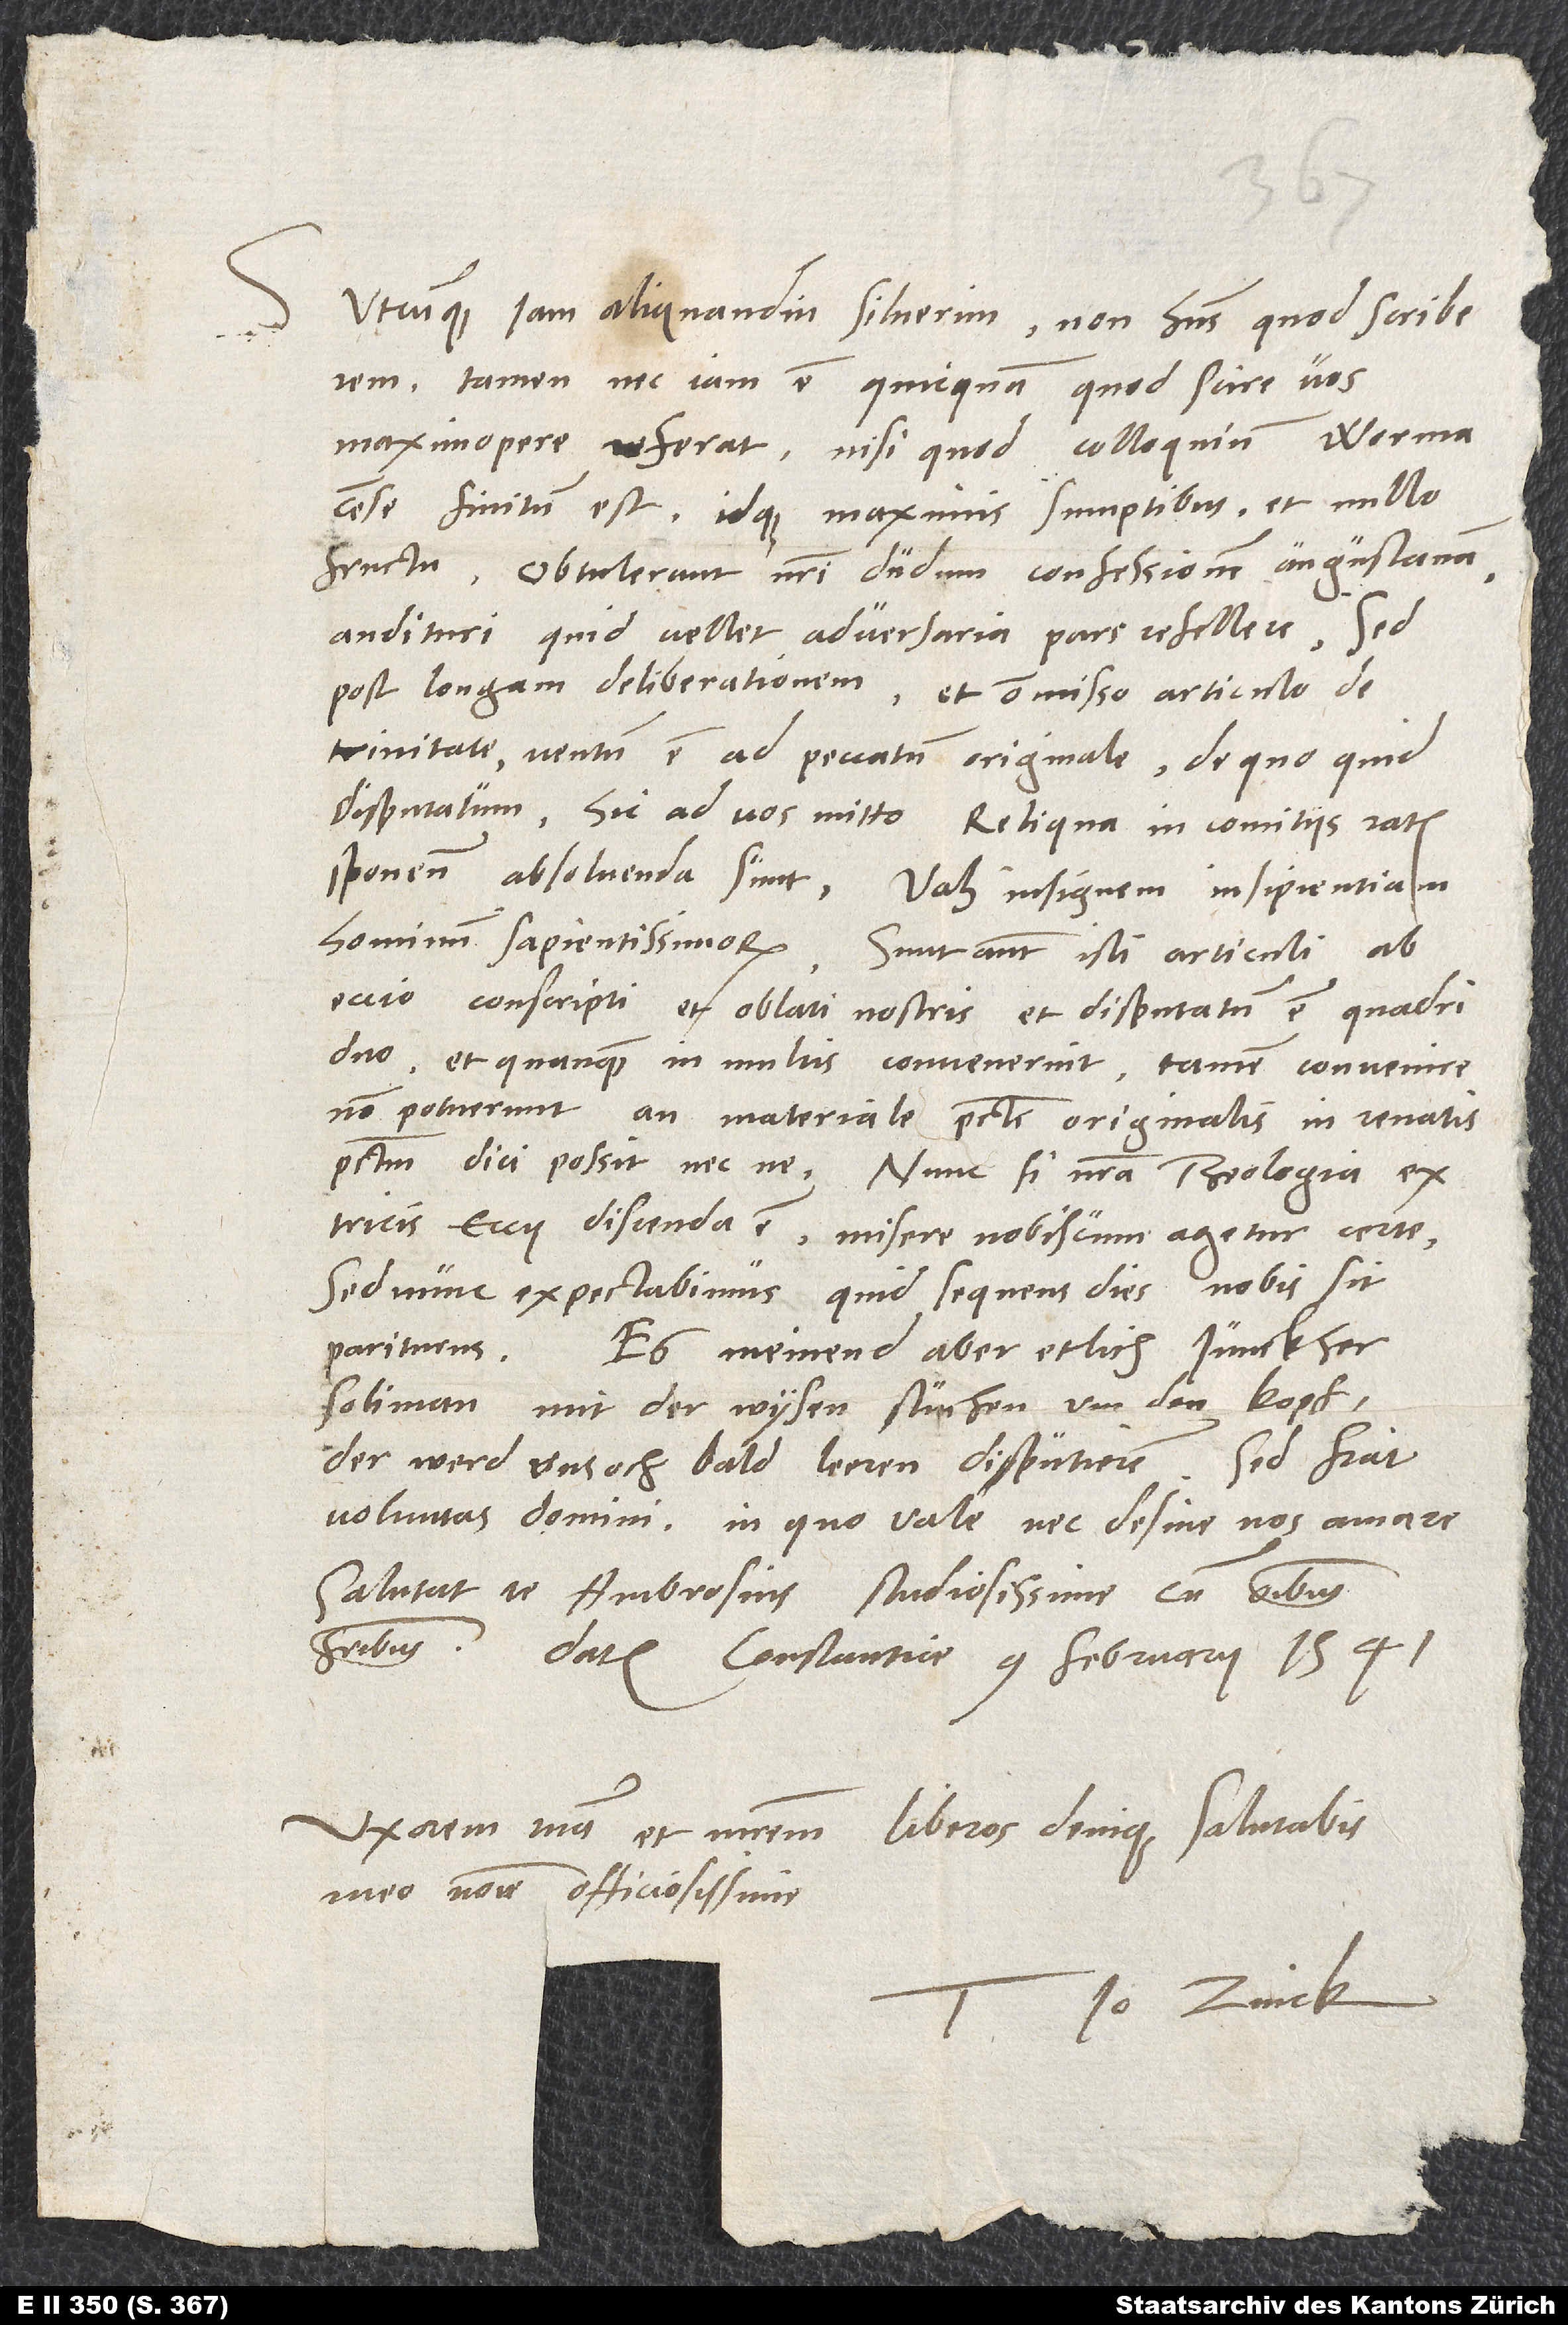
Utcunque iam aliquandiu siluerim non habens, quod scriberem,
tamen nec iam est quicquam, quod scire vos
maximopere referat, nisi quod colloquium Wormacense
finitum est idque maximis sumptibus et nullo
Obtulerunt nostri dudum confessionem Augustanam
audituri, quid vellet adversaria pars refellere; sed
post longam deliberationem et ommisso articulo de
trinitate ventum est ad peccatum originale, de quo quid
disputatum, hic ad vos mitto. Reliqua in comitiis
Ratisponensibus absolvenda sunt. Vah insignem insipientiam
hominum sapientissimorum! Sunt autem isti articuli ab
Eccio conscripti et oblati nostris, et disputatum est quadriduo,
quanquam in multis convenerint, tamen convenire
non potuerunt, an materiale peccati originalis in renatis
peccatum dici possit nec ne. Nunc si nostra theologia ex
tricis Eccii discenda est, misere nobiscum agetur certe.
Sed nunc expectabimus, quid sequens dies nobis sit
pariturus.
Es meinend aber etlich, junckher
Soliman mit der wysen stuchen um den kopf,
der werd uns och bald leeren disputieren.
voluntas domini, in quo vale nec desine nos amare.
Salutat te Ambrosius studiosissime cum omnibus
fratribus.
Datum Constantiae, 9. februarii 1541.
Uxorem tuam et matrem, liberos denique salutabis
meo nomine officiosissime.
Io. Zvick.